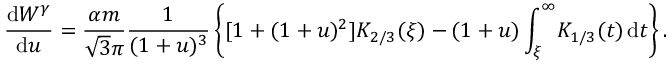
\frac { \mathrm { d } W ^ { \gamma } } { \mathrm { d } u } = \frac { \alpha m } { \sqrt { 3 } \pi } \frac { 1 } { ( 1 + u ) ^ { 3 } } \left\{ [ 1 + ( 1 + u ) ^ { 2 } ] K _ { 2 / 3 } ( \xi ) - ( 1 + u ) \int _ { \xi } ^ { \infty } \! K _ { 1 / 3 } ( t ) \, \mathrm { d } t \right\} .